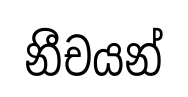
නීචයන්